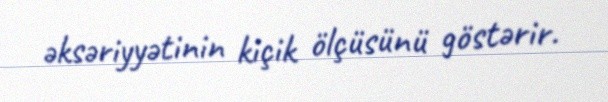
əksəriyyətinin kiçik ölçüsünü göstərir.